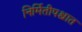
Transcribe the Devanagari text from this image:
निर्मितीपश्चात